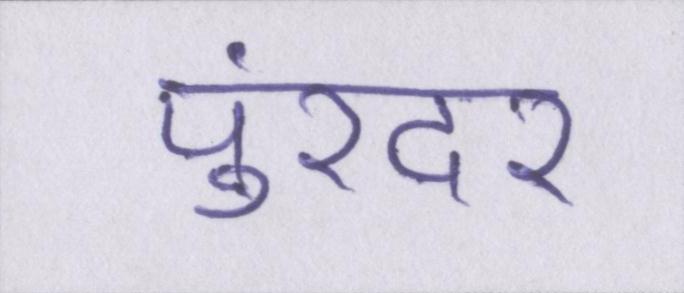
पुरंदर